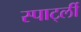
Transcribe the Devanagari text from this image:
स्पार्ट्ली